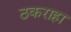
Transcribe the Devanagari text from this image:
ठकराहा